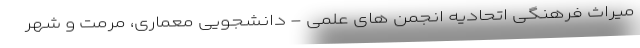
میراث فرهنگی اتحادیه انجمن های علمی - دانشجویی معماری، مرمت و شهر